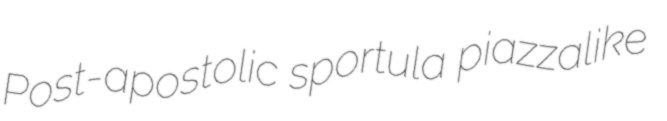
Post-apostolic sportula piazzalike